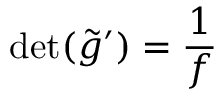
\operatorname* { d e t } ( \tilde { g } ^ { \prime } ) = \frac 1 f